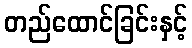
တည်ထောင်ခြင်းနှင့်